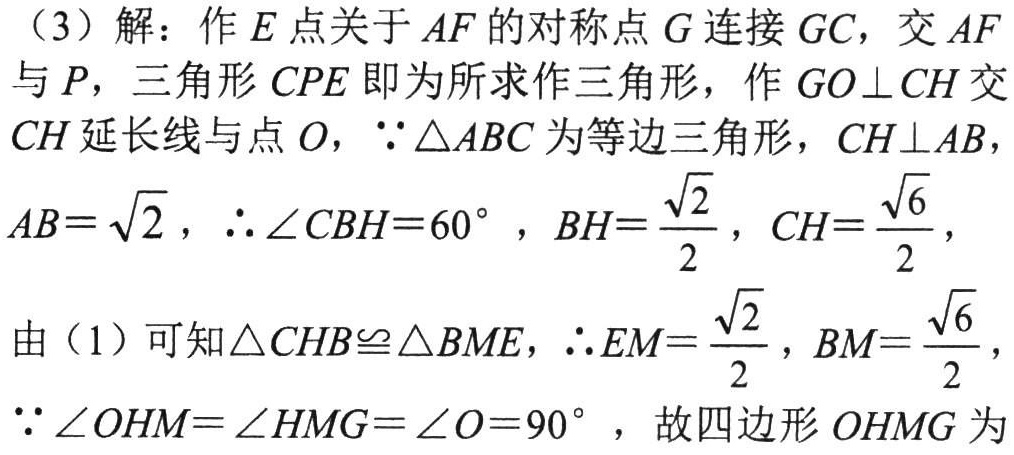
（3）解：作\(E\)点关于\(AF\)的对称点\(G\)连接\(GC\)，交\(AF\)与\(P\)，三角形\(CPE\)即为所求作三角形，作\(GO\perp CH\)交\(CH\)延长线与点\(O\)，\(\because\triangle ABC\)为等边三角形，\(CH\perp AB\)，\(AB = \sqrt{2}\)，\(\therefore\angle CBH = 60^{\circ}\)，\(BH=\dfrac{\sqrt{2}}{2}\)，\(CH=\dfrac{\sqrt{6}}{2}\)，由（1）可知\(\triangle CHB\cong\triangle BME\)，\(\therefore EM=\dfrac{\sqrt{2}}{2}\)，\(BM=\dfrac{\sqrt{6}}{2}\)，\(\because\angle OHM=\angle HMG=\angle O = 90^{\circ}\)，故四边形\(OHMG\)为